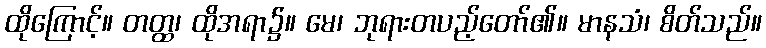
ထိုကြောင့်။ တတ္ထ၊ ထိုအရာ၌။ မေ၊ ဘုရားတပည့်တော်၏။ မာနသံ၊ စိတ်သည်။